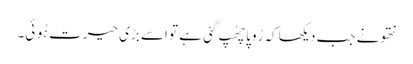
نتھو نے جب دیکھا کہ رُوپا چھُپ گئی ہے تو اسے بڑی حیرت ہُوئی۔